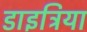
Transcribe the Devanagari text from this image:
डाइट्रिया